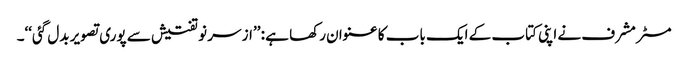
مسٹر مشرف نے اپنی کتاب کے ایک باب کا عنوان رکھا ہے : ’’از سر نو تفتیش سے پوری تصویر بدل گئی‘‘۔